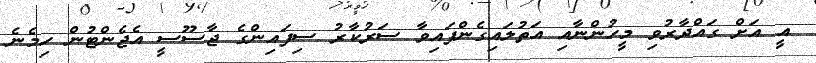
އީ އަށް ގައްދާރުވި މީހުންނާއި އަތުލައިގެންފައިވާ ސަރުކާރު ސިފައިންގެ ޖާސޫސީ އެޖެންޓުން ހިމެނެ